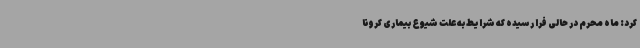
کرد: ماه محرم در حالی فرا رسیده که شرایط به علت شیوع بیماری کرونا